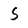
Character: S